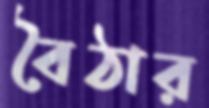
বৈঠার